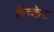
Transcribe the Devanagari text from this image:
क्रेच्केट